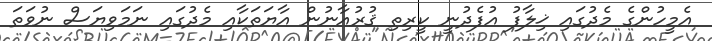
އެމީހުންގެ މެދުގައި ޚިލާފު އުފެދުނީ ކީރިތި ޤުރުއާނުން އާޔަތަކާއި މެދުގައި ނަމަވިޔަސް ނުވަތަ